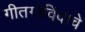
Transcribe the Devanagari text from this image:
गीतगोविंदाचे